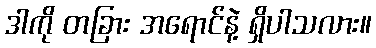
ဒါကို တခြား အရောင်နဲ့ ရှိပါသလား။